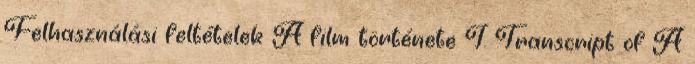
Felhasználási feltételek A film története I. Transcript of A